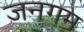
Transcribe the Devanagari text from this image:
जनगम